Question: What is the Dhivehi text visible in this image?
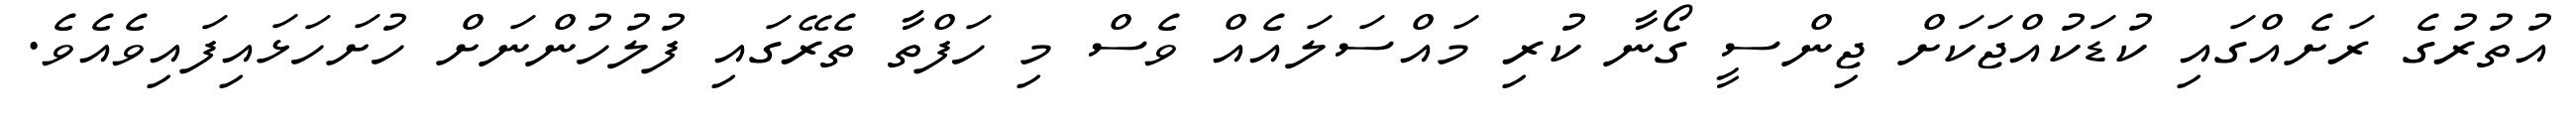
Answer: އުތުރުގެ ރަށެއްގައި ކުޑަކުއްޖަކަށް ޖިންސީ ގޯނާ ކުރި މައްސަލައެއް ވެސް މި ހަފްތާ ތެރޭގައި ފުލުހުންނަށް ހުށަހަޅައިފައިވެއެވެ.